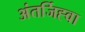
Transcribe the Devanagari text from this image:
अंतर्जिह्वा